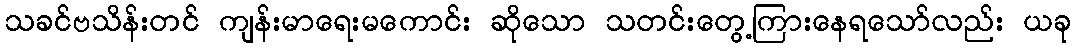
သခင်ဗသိန်းတင် ကျန်းမာရေးမကောင်း ဆိုသော သတင်းတွေ့ကြားနေရသော်လည်း ယခု